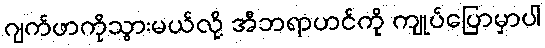
ဂျက်ဖာကိုသွားမယ်လို့ အီဘရာဟင်ကို ကျုပ်ပြောမှာပါ